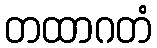
တထာဂတံ